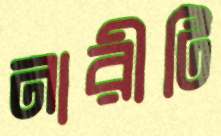
নারীটি